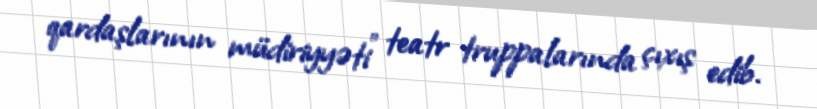
qardaşlarının müdiriyyəti" teatr truppalarında çıxış edib.